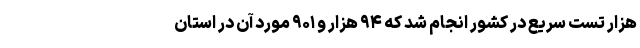
هزار تست سریع در کشور انجام شد که ۹۴ هزار و ۹۰۱ مورد آن در استان